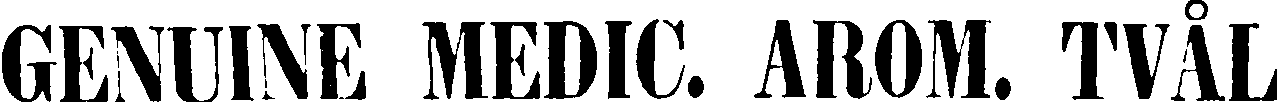
GENUINE MEDIC. AROM. TVÅL